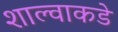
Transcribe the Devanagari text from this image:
शाल्वाकडे